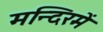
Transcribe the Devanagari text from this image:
मन्दिरमें